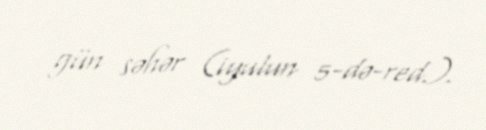
gün səhər (iyulun 5-də-red.).